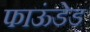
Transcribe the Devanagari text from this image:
फाऊंडेड